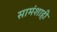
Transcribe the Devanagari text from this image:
सामंशाही